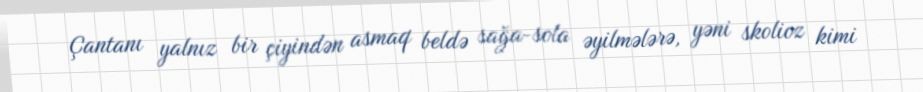
Çantanı yalnız bir çiyindən asmaq beldə sağa-sola əyilmələrə, yəni skolioz kimi